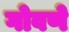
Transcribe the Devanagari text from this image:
गोवणे